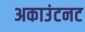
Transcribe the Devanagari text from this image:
अकाउंटनट